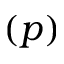
( p )